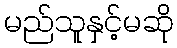
မည်သူနှင့်မဆို